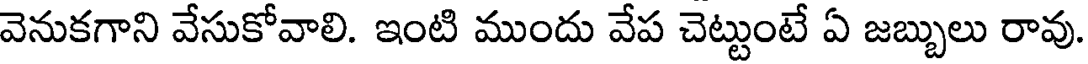
వెనుకగాని వేసుకోవాలి. ఇంటి ముందు వేప చెట్టుంటే ఏ జబ్బులు రావు